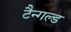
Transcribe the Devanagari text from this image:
टैन्गल्ड